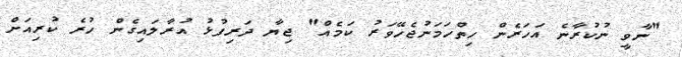
"ނާވީ ނުކުރާނެ އަހަރެން ހިތްހަމަނުޖެހޭވަރު ކަމެއް" ޖިޔާ ދަރިފުޅު އުރާލައިގެން ހުރެ ކުރިއަށް